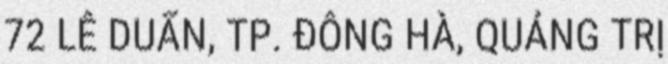
72 LÊ DUẨN, TP. ĐÔNG HÀ, QUẢNG TRỊ